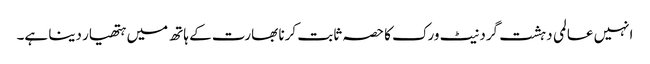
انہیں عالمی دہشت گرد نیٹ ورک کا حصہ ثابت کرنا بھارت کے ہاتھ میں ہتھیار دینا ہے۔